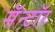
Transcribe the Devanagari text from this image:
सॅन्टॉर